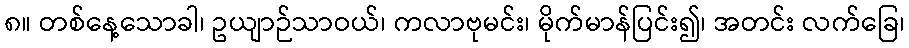
၈။ တစ်နေ့သောခါ၊ ဥယျာဉ်သာဝယ်၊ ကလာဗုမင်း၊ မိုက်မာန်ပြင်း၍၊ အတင်း လက်ခြေ၊